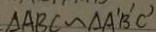
\Delta A B C \sim \Delta A ^ { \prime } B ^ { \prime } C ^ { \prime }